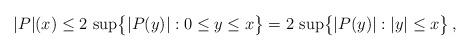
LaTeX: \begin{align*} |P|(x) \le 2\, \sup\bigl\{|P(y)|: 0\le y \le x\bigr\} = 2\,\sup\bigl\{|P(y)|: |y| \le x\bigr\}\,, \end{align*}